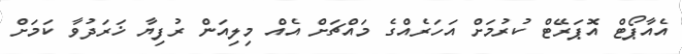
އެއާޕޯޓް އޮޕަރޭޓް ކުރުމަށް އަހަރެއްގެ މައްޗަށް އެއް މިލިއަން ރުފިޔާ ޚަރަދުވާ ކަމަށް